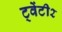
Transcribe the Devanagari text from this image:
ट्वेंटी२